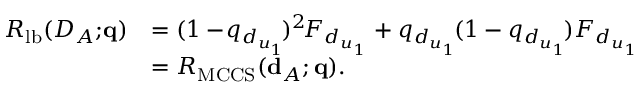
\begin{array} { r l } { R _ { \mathrm { l b } } ( { \cal D } _ { \cal A } ; \! { \bf q } ) } & { = ( 1 - \! q _ { d _ { u _ { 1 } } } \! ) ^ { 2 } \! F _ { d _ { u _ { 1 } } } + q _ { d _ { u _ { 1 } } } \! ( 1 - q _ { d _ { u _ { 1 } } } \! ) F _ { d _ { u _ { 1 } } } } \\ & { = R _ { \mathrm { M C C S } } ( { \bf d } _ { \cal A } ; { \bf q } ) . } \end{array}